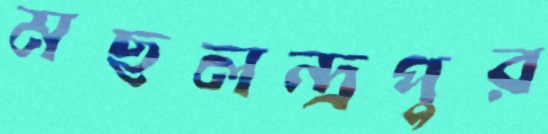
মছলন্দ্রপুর